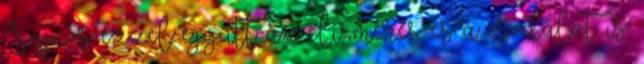
Sajnos ezzel együtt az elismerés és a csodálat is.